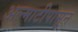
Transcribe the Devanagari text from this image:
अल्माटीपासून